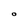
Character: O